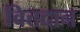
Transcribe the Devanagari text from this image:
वित्तदान